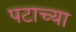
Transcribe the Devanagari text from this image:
पटाच्या